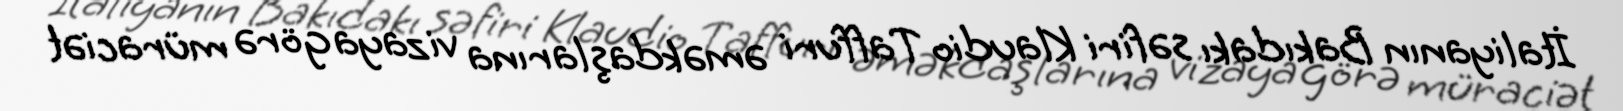
İtaliyanın Bakıdakı səfiri Klaudio Taffuri əməkdaşlarına vizaya görə müraciət